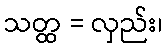
သတ္ထ = လှည်း၊